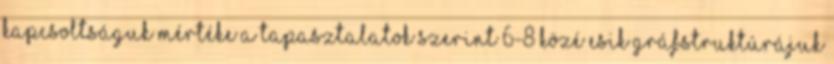
kapcsoltságuk mértéke a tapasztalatok szerint 6-8 közé esik gráfstruktúrájuk